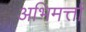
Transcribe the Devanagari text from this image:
अभिमर्त्ता